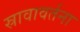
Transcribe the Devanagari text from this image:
स्रावावर्तना